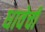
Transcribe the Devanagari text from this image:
धावेची